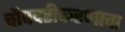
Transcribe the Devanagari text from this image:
चौपदरीकरणाचा